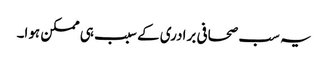
یہ سب صحافی برادری کے سبب ہی ممکن ہوا۔